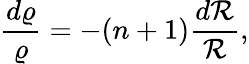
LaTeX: \frac{d\varrho}{\varrho}=-(n+1)\frac{d{\cal R}}{\cal R},